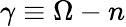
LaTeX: \gamma\equiv\Omega-n